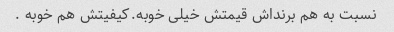
نسبت به هم برنداش قیمتش خیلی خوبه.کیفیتش هم خوبه .